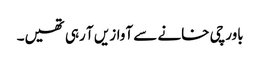
باورچی خانے سے آوازیں آ رہی تھیں۔